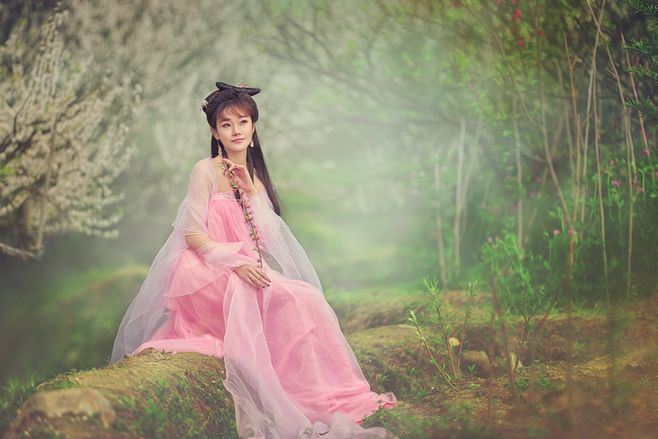
柳下桃蹊，乱分春色到人家。